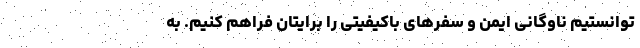
توانستیم ناوگانی ایمن و سفرهای باکیفیتی را برایتان فراهم کنیم. به